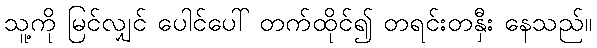
သူ့ကို မြင်လျှင် ပေါင်ပေါ် တက်ထိုင်၍ တရင်းတနှီး နေသည်။